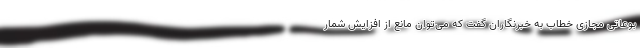
بوعاتی مجازی خطاب به خبرنگاران گفت که می‌توان مانع از افزایش شمار